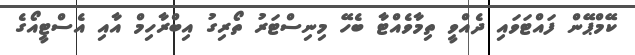
ކޭމްޕޭން ފައްޓަވައި ދެއްވީ ތިމާވެއްޓާ ބެހޭ މިނިސްޓަރު ތޯރިގު އިބްރާހިމް އާއި އެސްޓީއޯގެ